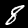
Digit: 8